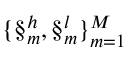
\{ \S _ { m } ^ { h } , \S _ { m } ^ { l } \} _ { m = 1 } ^ { M }